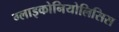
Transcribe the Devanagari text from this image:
ग्लाइकोनियोलिसिस